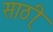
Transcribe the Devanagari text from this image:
साठी्